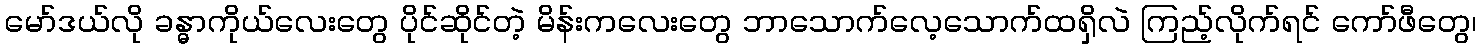
မော်ဒယ်လို ခန္ဓာကိုယ်လေးတွေ ပိုင်ဆိုင်တဲ့ မိန်းကလေးတွေ ဘာသောက်လေ့သောက်ထရှိလဲ ကြည့်လိုက်ရင် ကော်ဖီတွေ၊